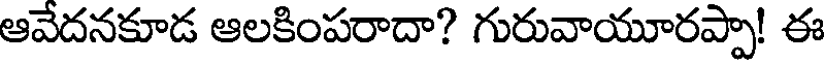
ఆవేదనకూడ ఆలకింపరాదా? గురువాయూరప్పా! ఈ